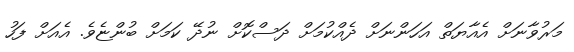
މަރުވާނަށް އެއާޔަތް އަހަންނަށް ދެއްކުމަށް ދަސްކޮށް ނުދޭ ކަމަށް ބުންޏެވެ. އެއަށް ފަހު